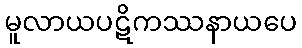
မူလာယပဋိကဿနာယပေ